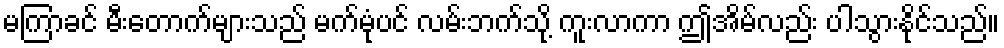
မကြာခင် မီးတောက်များသည် မက်မုံပင် လမ်းဘက်သို့ ကူးလာကာ ဤအိမ်လည်း ပါသွားနိုင်သည်။